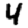
Digit: 4